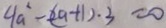
4 a ^ { 2 } - ( 2 a + 1 ) \cdot 3 = 0